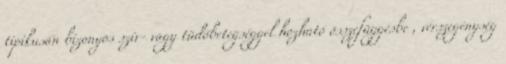
tipikusan bizonyos szív- vagy tüdőbetegséggel hozható összefüggésbe , vérszegénység